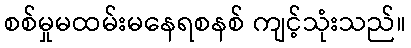
စစ်မှုမထမ်းမနေရစနစ် ကျင့်သုံးသည်။